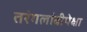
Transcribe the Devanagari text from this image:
तरंगलांबीपेक्षा